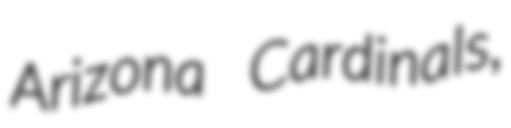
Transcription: Arizona Cardinals,